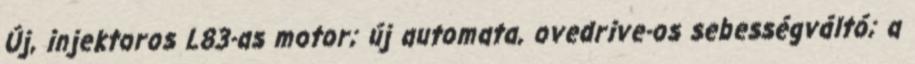
Új, injektoros L83-as motor; új automata, ovedrive-os sebességváltó; a